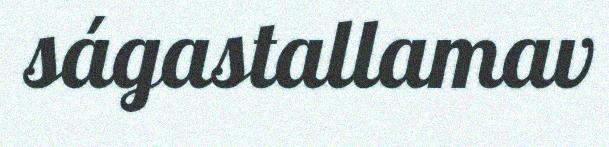
ságastallamav